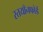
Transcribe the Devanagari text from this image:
स्तयाँनफोर्ड